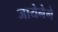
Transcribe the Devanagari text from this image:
जायेनेगे